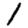
Digit: 1